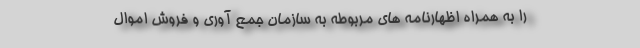
را به همراه اظهارنامه های مربوطه به سازمان جمع آوری و فروش اموال